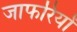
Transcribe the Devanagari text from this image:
जाफरियों